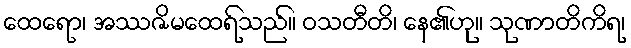
ထေရော၊ အဿဇိမထေရ်သည်။ ဝသတီတိ၊ နေ၏ဟု။ သုဏာတိကိရ၊